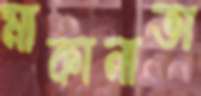
মাকানাতা